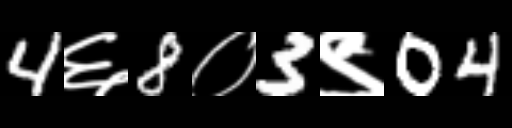
Text: 4६8०3९04